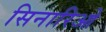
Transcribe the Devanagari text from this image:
सिनारिओ